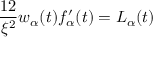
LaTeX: { \frac { 1 2 } { \xi ^ { 2 } } } w _ { \alpha } ( t ) f _ { \alpha } ^ { \prime } ( t ) = L _ { \alpha } ( t )